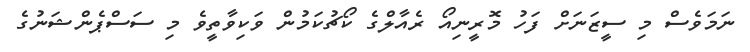
ނަމަވެސް މި ސީޒަނަށް ފަހު މޮރީނިއޯ ރެއާލްގެ ކޯޗުކަމުން ވަކިވާތީވެ މި ސަސްޕެންޝަނުގެ